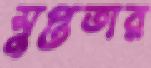
সুপ্ততার